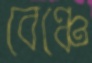
বেঞ্চে